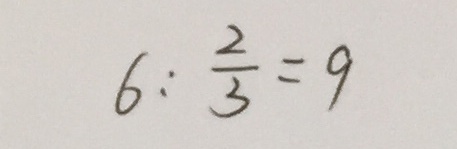
6 : \frac { 2 } { 3 } = 9